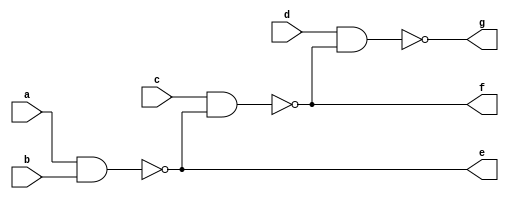
`timescale 1ns / 1ps
//////////////////////////////////////////////////////////////////////////////////
// Company: 
// Engineer: 
// 
// Design Name: 
// Module Name: four_input_nand_gate_b
// Project Name: 
// Target Devices: 
// Tool Versions: 
// Description: 
// 
// Dependencies: 
// 
// Revision:
// Revision 0.01 - File Created
// Additional Comments:
// 
//////////////////////////////////////////////////////////////////////////////////


module four_input_nand_gate_b(
    input a,
    input b,
    input c,
    input d,
    output e,
    output f,
    output g
);

assign e = ~(a & b);
assign f = ~(c & e);
assign g = ~(d & f);

endmodule